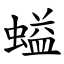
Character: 螠